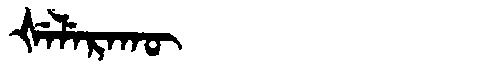
Manchu: ᡧᡝᠯᡝᡵᠠᡴᡡ
Romanization: ŠELERAKŪ